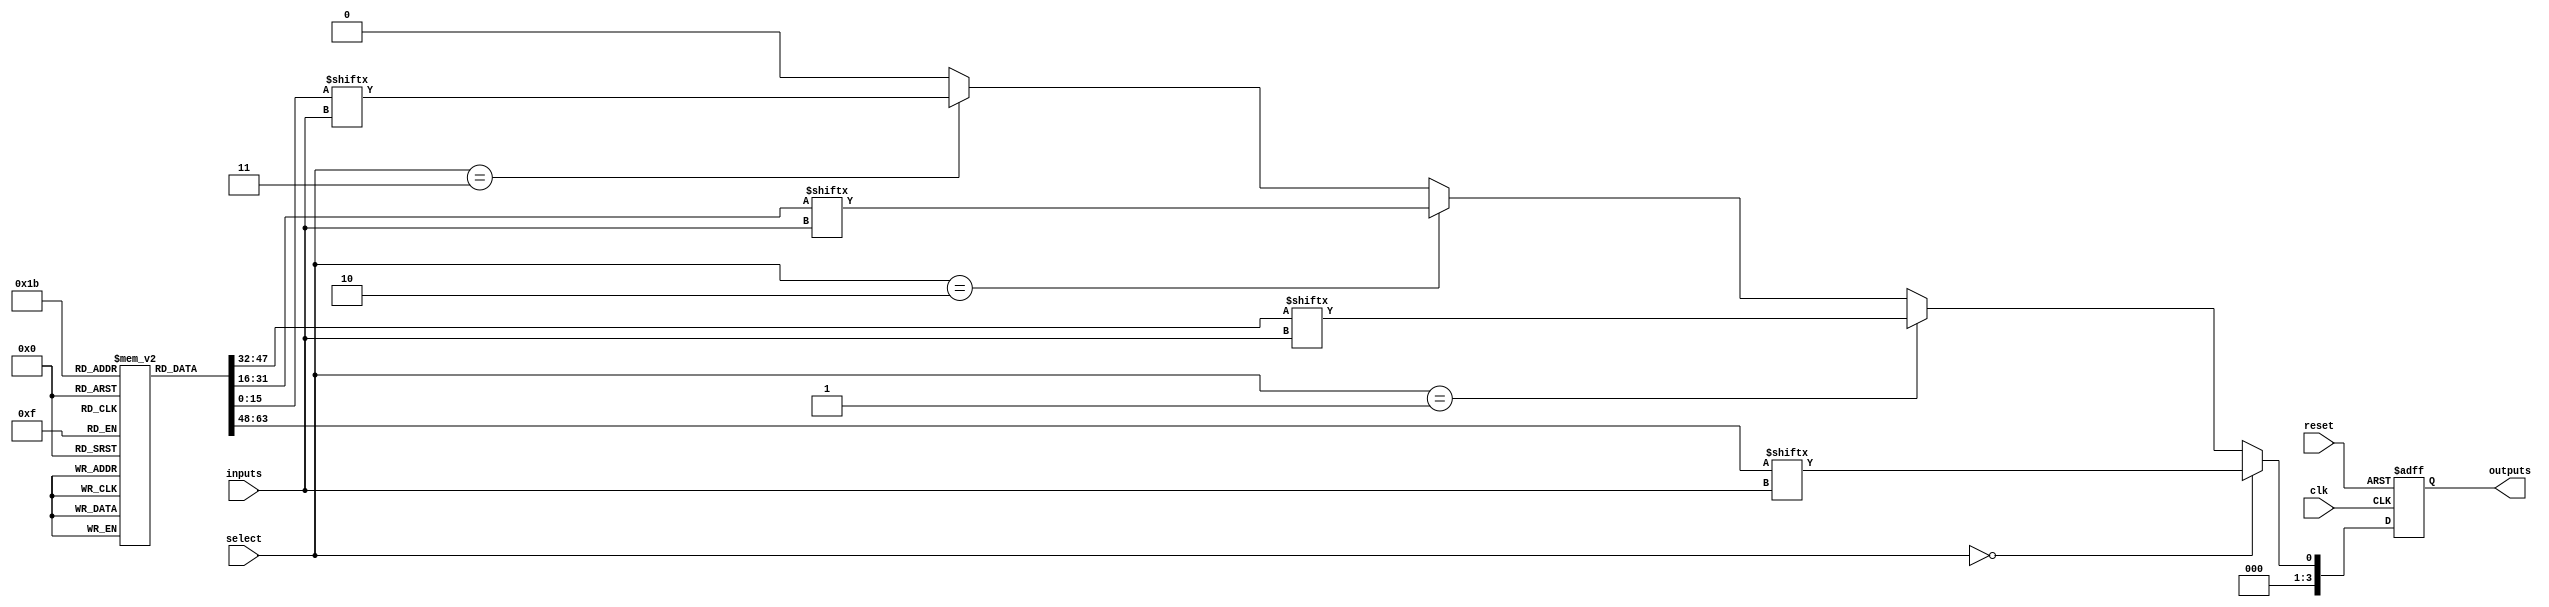
module CLB_PLD (
    input wire [3:0] inputs,         // 4-bit input
    input wire [1:0] select,         // Select signal for MUX
    input wire clk,                   // Clock for flip-flops
    input wire reset,                 // Reset signal
    output wire [3:0] outputs         // 4-bit output
);

// LUTs for basic logic functions
reg [15:0] lut [0:3]; // 4 LUTs, each with 16 possible configurations

// Flip-Flops
reg [3:0] ff; // 4 Flip-Flops

// MUX outputs
wire [3:0] mux_out;

// Configuration memory for LUTs
initial begin
    // Example configurations for LUTs
    lut[0] = 16'b0000000000000000; // LUT0: AND
    lut[1] = 16'b1111111111111111; // LUT1: OR
    lut[2] = 16'b1010101010101010; // LUT2: XOR
    lut[3] = 16'b0101010101010101; // LUT3: NOT
end

// LUT Logic
wire [3:0] lut_out;
assign lut_out[0] = lut[0][inputs]; // LUT0 output
assign lut_out[1] = lut[1][inputs]; // LUT1 output
assign lut_out[2] = lut[2][inputs]; // LUT2 output
assign lut_out[3] = lut[3][inputs]; // LUT3 output

// MUX Logic
assign mux_out = (select == 2'b00) ? lut_out[0] :
                 (select == 2'b01) ? lut_out[1] :
                 (select == 2'b10) ? lut_out[2] :
                 (select == 2'b11) ? lut_out[3] : 4'b0000;

// Flip-Flop Logic
always @(posedge clk or posedge reset) begin
    if (reset) begin
        ff <= 4'b0000; // Reset FFs
    end else begin
        ff <= mux_out; // Store MUX output in FFs
    end
end

// Output Logic
assign outputs = ff; // Outputs from Flip-Flops

endmodule